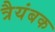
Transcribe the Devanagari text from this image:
त्रैयंबक